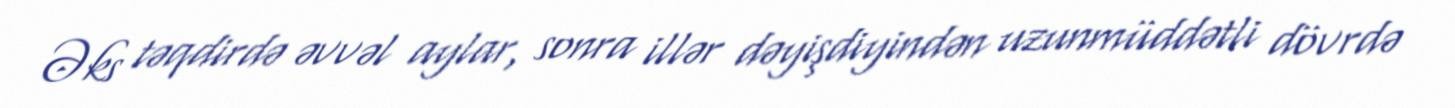
Əks təqdirdə əvvəl aylar, sonra illər dəyişdiyindən uzunmüddətli dövrdə